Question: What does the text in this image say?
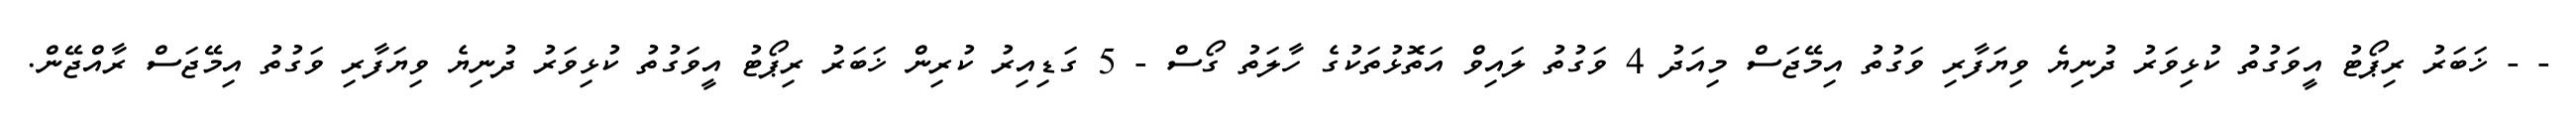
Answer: - - ޚަބަރު ރިޕޯޓު އީވަގުތު ކުޅިވަރު ދުނިޔެ ވިޔަފާރި ވަގުތު އިމޭޖަސް މިއަދު 4 ވަގުތު ލައިވް އަތޮޅުތަކުގެ ހާލަތު ގޯސް - 5 ގަޑިއިރު ކުރިން ޚަބަރު ރިޕޯޓު އީވަގުތު ކުޅިވަރު ދުނިޔެ ވިޔަފާރި ވަގުތު އިމޭޖަސް ރާއްޖޭން.